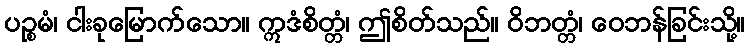
ပဉ္စမံ၊ ငါးခုမြောက်သော။ ဣဒံစိတ္တံ၊ ဤစိတ်သည်။ ဝိဘတ္တံ၊ ဝေဘန်ခြင်းသို့။